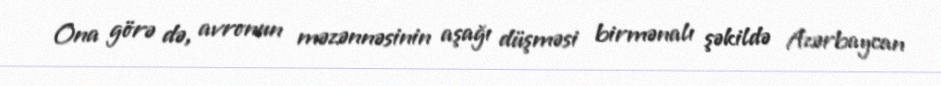
Ona görə də, avronun məzənnəsinin aşağı düşməsi birmənalı şəkildə Azərbaycan